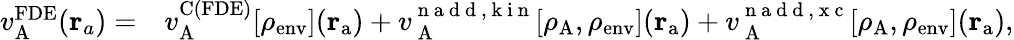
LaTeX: \begin{array}{rl}{v_{\mathrm{A}}^{\mathrm{FDE}}(\mathbf{r}_{a})=}&{{}v_{\mathrm{A}}^{\mathrm{C(FDE)}}[\rho_{\mathrm{env}}](\mathbf{r}_{\mathrm{a}})+v_{\mathrm{~A~}}^{\mathrm{~n~a~d~d~,~k~i~n~}}[\rho_{\mathrm{A}},\rho_{\mathrm{env}}](\mathbf{r}_{\mathrm{a}})+v_{\mathrm{~A~}}^{\mathrm{~n~a~d~d~,~x~c~}}[\rho_{\mathrm{A}},\rho_{\mathrm{env}}](\mathbf{r}_{\mathrm{a}}),}\end{array}